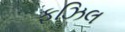
ફઝિલ